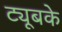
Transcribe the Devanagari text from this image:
ट्यूबके